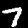
Label: 7